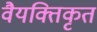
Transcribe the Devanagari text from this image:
वैयक्तिकृत